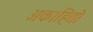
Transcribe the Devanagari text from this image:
अकाहितो